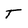
Character: T